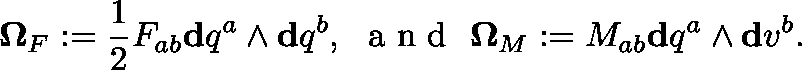
\mathbf { \Omega } _ { F } : = \frac { 1 } { 2 } F _ { a b } \mathbf { d } q ^ { a } \wedge \mathbf { d } q ^ { b } , \ \mathrm { ~ a ~ n ~ d ~ } \ \mathbf { \Omega } _ { M } : = M _ { a b } \mathbf { d } q ^ { a } \wedge \mathbf { d } v ^ { b } .